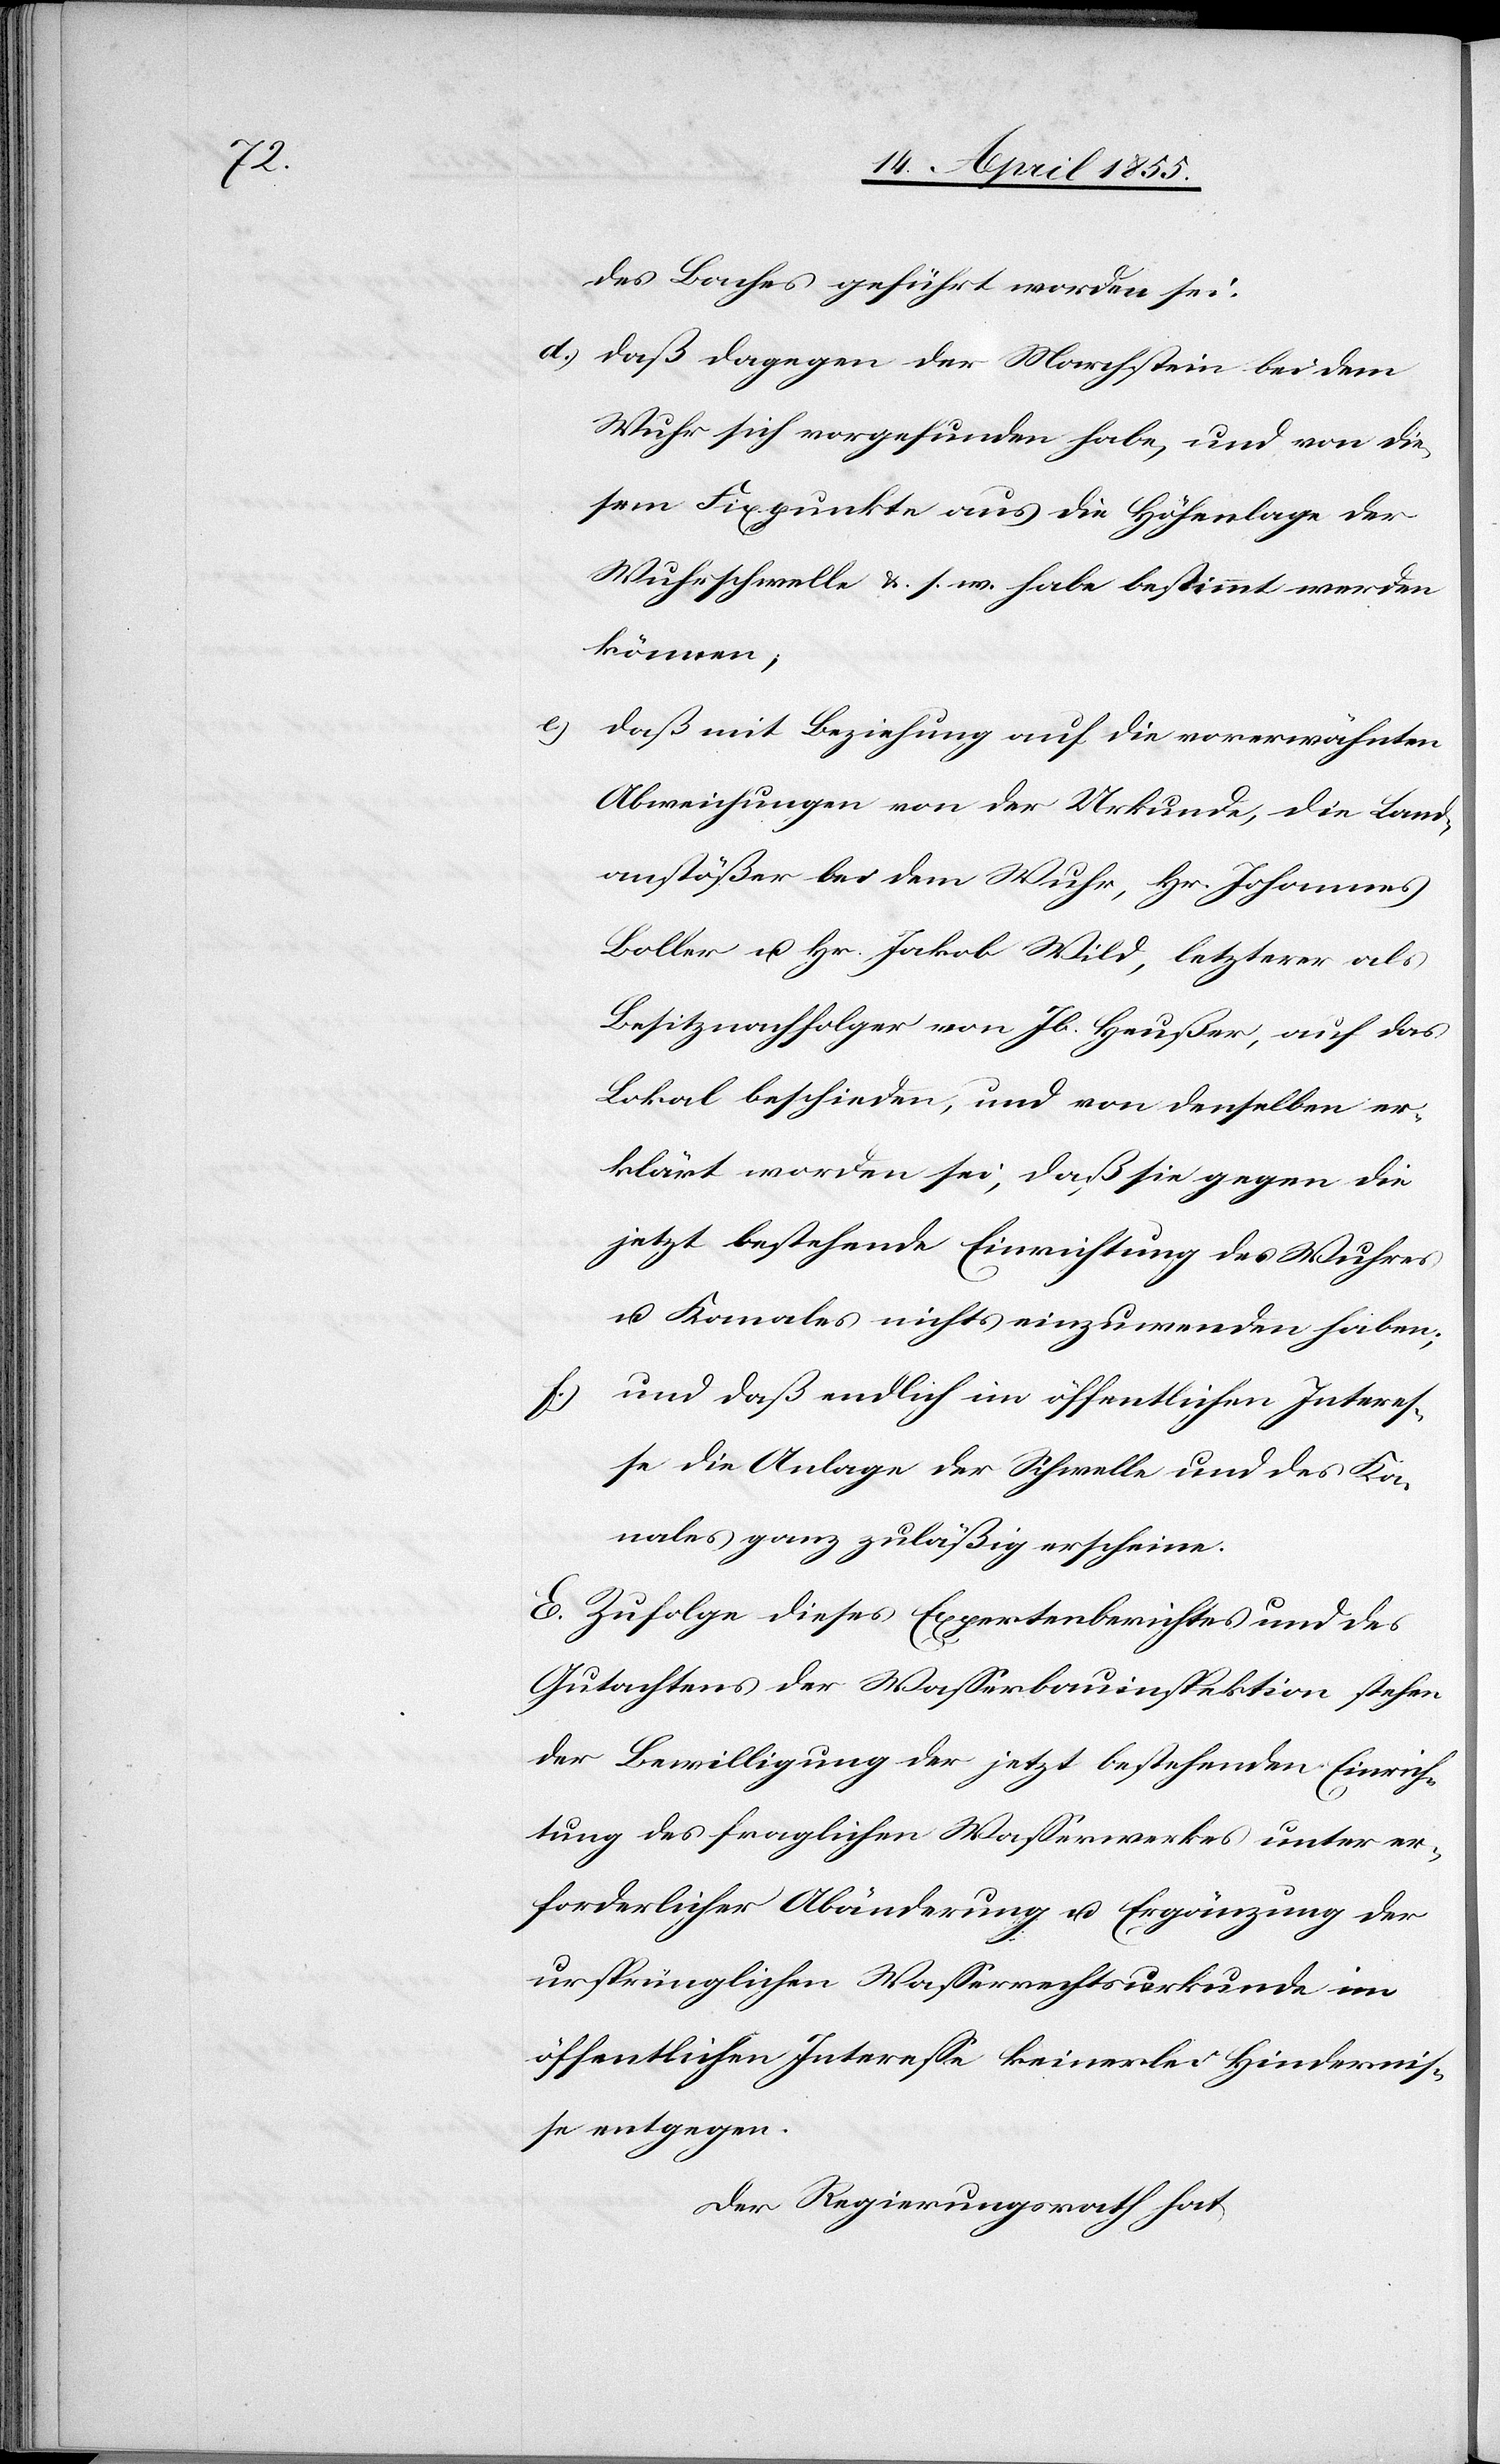
des Baches geführt worden sei.
daß dagegen der Marchstein bei dem
Wuhr sich vorgefunden habe, und von die¬
sem Fixpunkte aus die Höhenlage der
Wuhrschwelle & s. w. habe bestimmt werden
können;
e.)
daß mit Beziehung auf die vorerwähnten
Abweichungen von der Urkunde, die Land¬
anstößer bei dem Wuhr, Hr. Johannes
Boller u. Hr. Jakob Wild, letzterer als
Besitznachfolger von Jb. Heußer, auf das
Lokal beschieden, und von denselben er¬
klärt worden sei, daß sie gegen die
jetzt bestehende Einrichtung des Wuhres
u. Kanales nichts einzuwenden haben;
und daß endlich im öffentlichen Interes¬
se die Anlage der Schwelle und des Ka¬
nales ganz zuläßig erscheine.
E. Zufolge dieses Expertenberichtes und des
Gutachtens der Wasserbauinspektion stehen
der Bewilligung der jetzt bestehenden Einrich¬
tung des fraglichen Wasserwerkes unter er¬
forderlicher Abänderung u. Ergänzung der
ursprünglichen Wasserrechtsurkunde im
öffentlichen Interesse keinerlei Hindernis¬
se entgegen.
Der Regierungsrath hat,